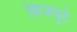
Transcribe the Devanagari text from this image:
किंजपुटे